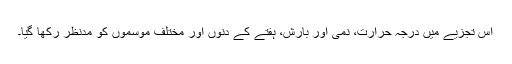
اس تجزیے میں درجہ حرارت، نمی اور بارش، ہفتے کے دنوں اور مختلف موسموں کو مدنظر رکھا گیا۔